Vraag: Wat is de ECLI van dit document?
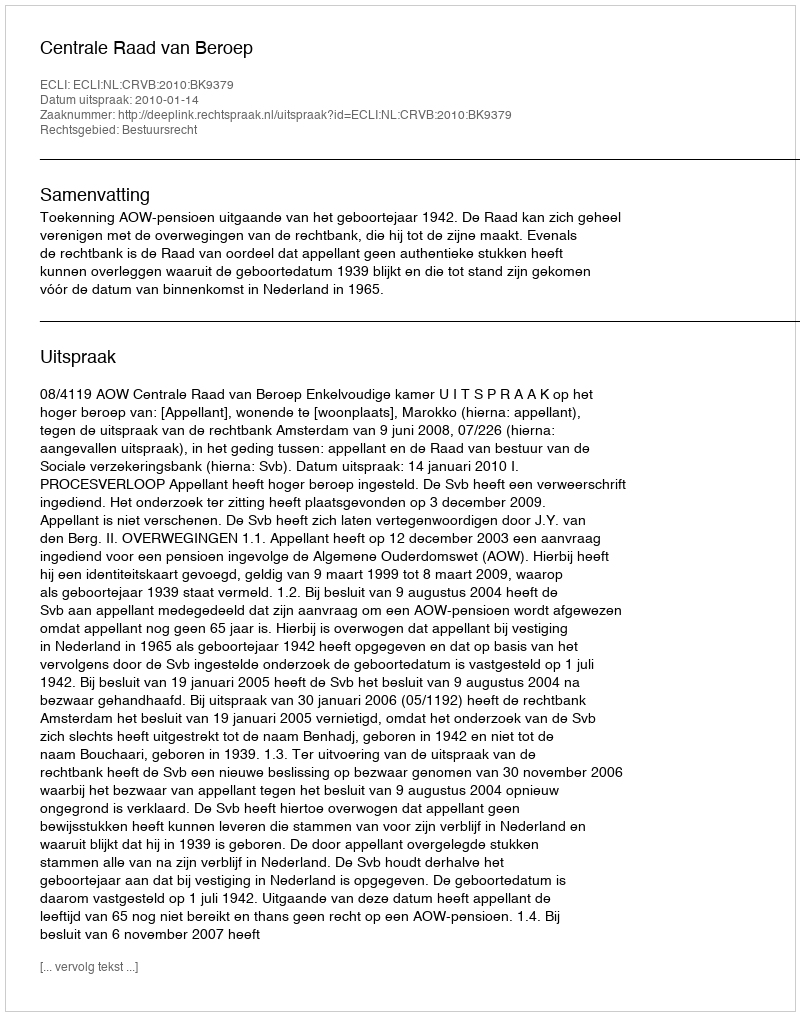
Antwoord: ECLI:NL:CRVB:2010:BK9379